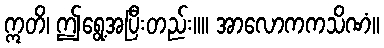
ဣတိ၊ ဤရွေ့အပြီးတည်း။။ အာလောကကသိဏံ။